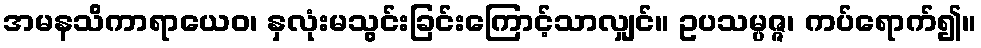
အမနသိကာရာယေဝ၊ နှလုံးမသွင်းခြင်းကြောင့်သာလျှင်။ ဥပသမ္ပဇ္ဇ၊ ကပ်ရောက်၍။